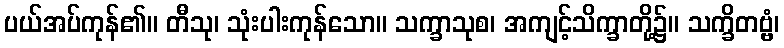
ပယ်အပ်ကုန်၏။ တီသု၊ သုံးပါးကုန်သော။ သက္ခာသုစ၊ အကျင့်သိက္ခာတို့၌။ သက္ခိတဗ္ဗံ၊